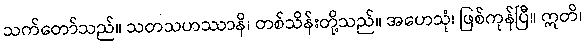
သက်တော်သည်။ သတသဟဿာနိ၊ တစ်သိန်းတို့သည်။ အဟေသုံ၊ ဖြစ်ကုန်ပြီ။ ဣတိ၊